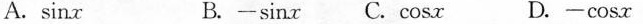
A.\sin x B. -\sin x C.\cos x D. -\cos x